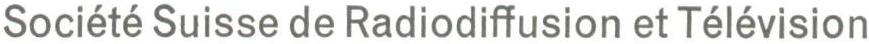
Société Suisse de Radiodiffusion et Télévision